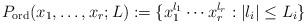
LaTeX: \begin{align*}P_\textup{ord}(x_1,\ldots,x_r;L):=\{x_1^{l_1}\cdots x_r^{l_r}:|l_i|\le L_i\}\end{align*}